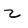
Character: z